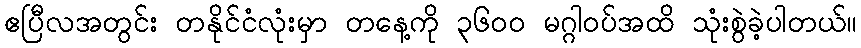
ဧပြီလအတွင်း တနိုင်ငံလုံးမှာ တနေ့ကို ၃၆၀၀ မဂ္ဂါဝပ်အထိ သုံးစွဲခဲ့ပါတယ်။